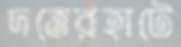
দত্তেরহাটে